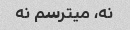
نه، میترسم نه